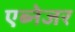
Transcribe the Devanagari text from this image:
एब्नेजर